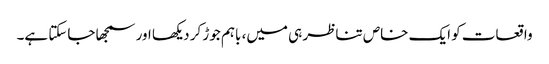
واقعات کو ایک خاص تناظر ہی میں، باہم جوڑ کر دیکھا اور سمجھا جاسکتا ہے۔